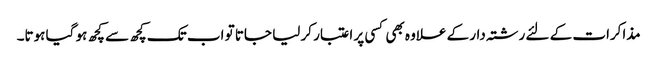
مذاکرات کے لئے رشتہ دار کے علاوہ بھی کسی پر اعتبار کر لیا جاتا تو اب تک کچھ سے کچھ ہو گیا ہوتا۔